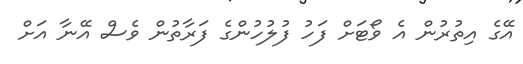
އޭގެ އިތުރުން އެ ވޯޓަށް ފަހު ފުލުހުންގެ ފަރާތުން ވެސް އޭނާ އަށް